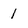
Character: 1